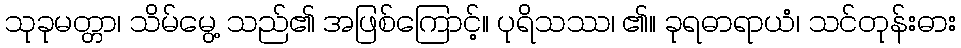
သုခုမတ္တာ၊ သိမ်မွေ့ သည်၏ အဖြစ်ကြောင့်။ ပုရိသဿ၊ ၏။ ခုရဓာရာယံ၊ သင်တုန်းဓား